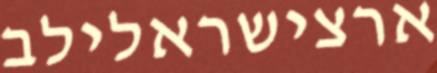
ארצישראלילב